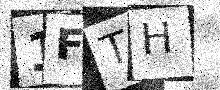
Text: 1FTH